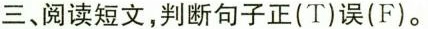
三、阅读短文,判断句子正(T)误(F)。